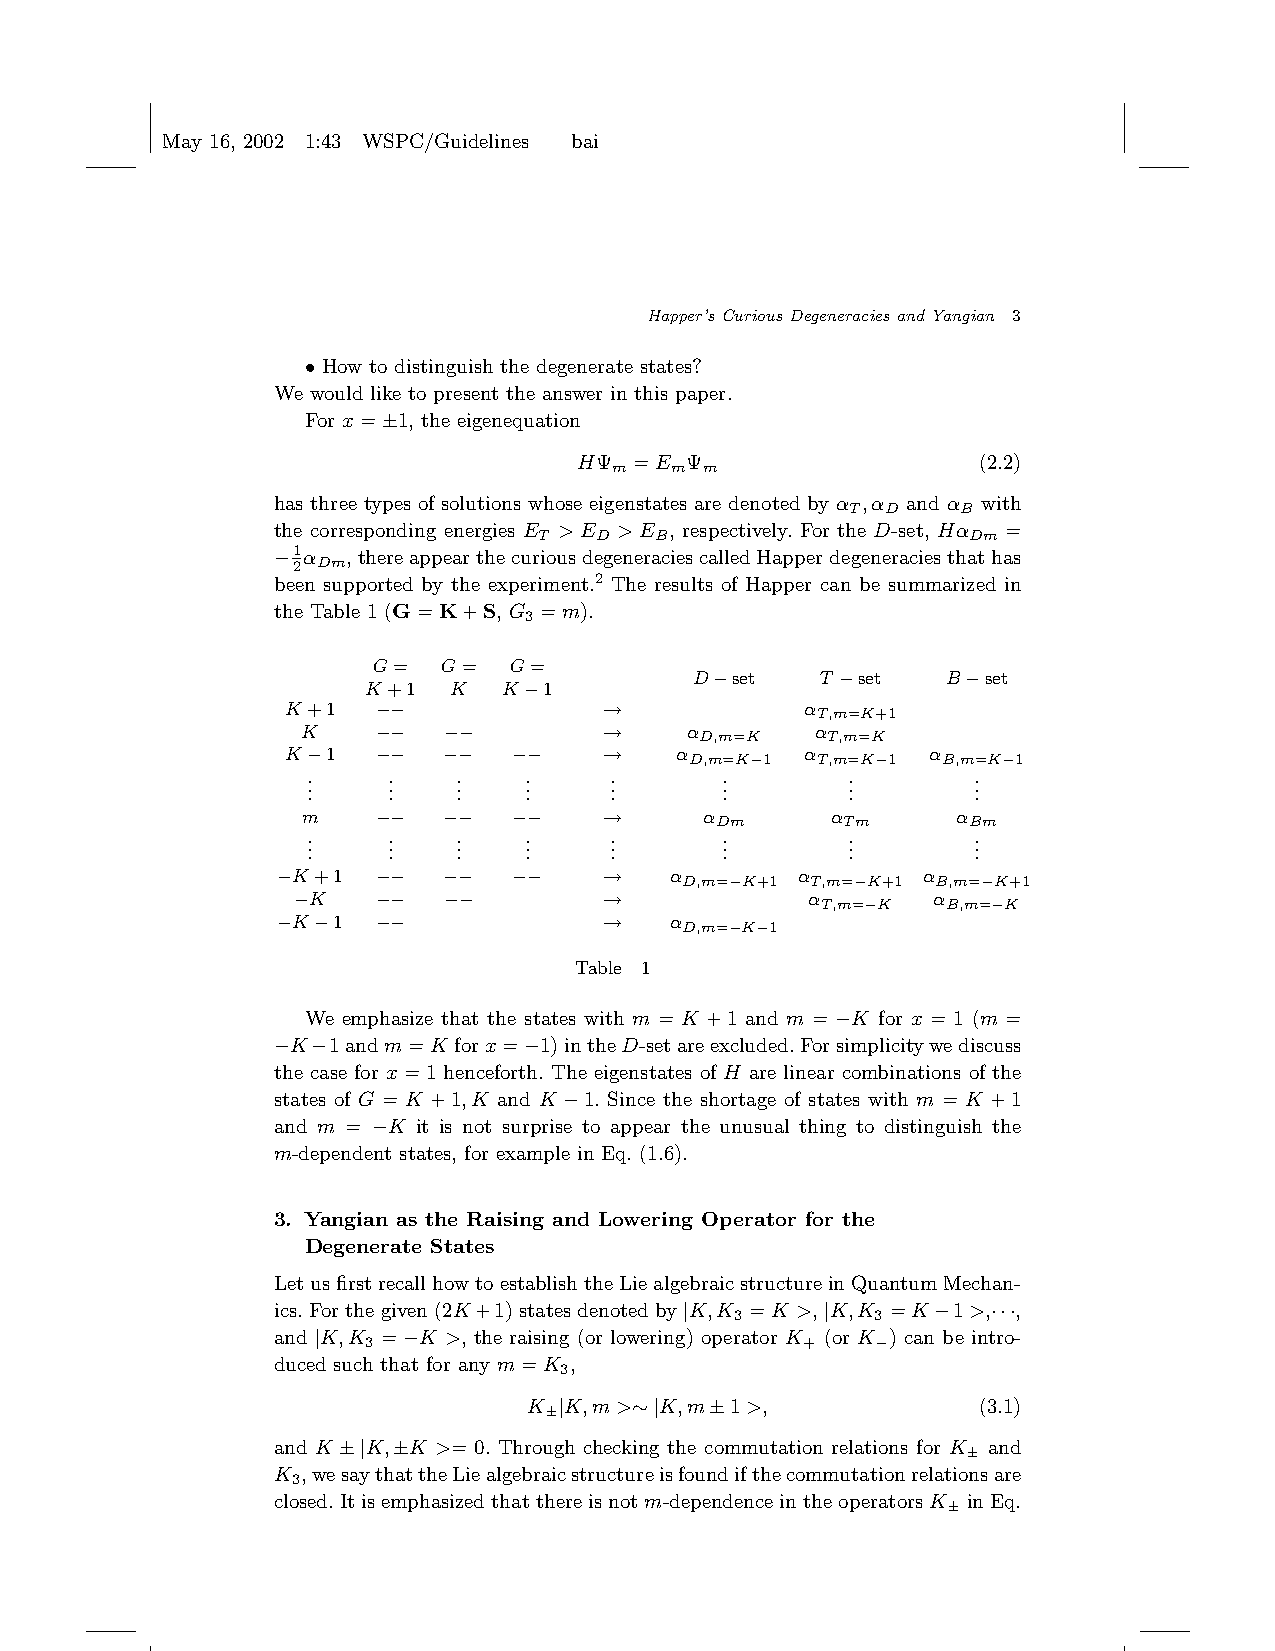
May 16, 2002 1:43 WSPC/Guidelines bai
 Happer’s Curious Degeneracies and Yangian 3
 • How to distinguish the degenerate states?
 We would like to present the answer in this paper.
 For x=±1, the eigenequation
 HΨ  =E Ψ                   (2.2)
 m  m  m
 has three types of solutions whose eigenstates are denoted by α ,α and α with
 T  D    B
 the corresponding energies E > E > E , respectively. For the D-set, Hα =
 T  D   B                    Dm
 −1α  ,thereappearthecuriousdegeneraciescalledHapperdegeneraciesthathas
 2 Dm
 been supported by the experiment.2 The results of Happer can be summarized in
 the Table 1 (G=K+S, G =m).
 3
 G=  G=   G=
 D−set   T −set   B−set
 K+1   K  K−1
 K+1   −−             →            α
 T,m=K+1
 K    −−  −−         →    α        α
 D,m=K    T,m=K
 K−1   −−  −−   −−    →    α D,m=K−1 α T,m=K−1 α B,m=K−1
 .     .   .    .    .       .       .        .
 .     .   .    .    .       .       .        .
 .     .   .    .    .       .       .        .
 m    −−  −−   −−    →      α       α       α
 Dm       Tm      Bm
 .     .   .    .    .       .       .        .
 .     .   .    .    .       .       .        .
 .     .   .    .    .       .       .        .
 −K+1   −−  −−   −−    →   α D,m=−K+1 α T,m=−K+1 α B,m=−K+1
 −K    −−  −−         →             α T,m=−K α B,m=−K
 −K−1   −−             →   α D,m=−K−1
 Table 1
 We emphasize that the states with m = K +1 and m = −K for x = 1 (m =
 −K−1andm=K  forx=−1)intheD-setareexcluded.Forsimplicitywediscuss
 the case for x=1 henceforth. The eigenstates of H are linear combinations of the
 states of G = K +1,K and K −1. Since the shortage of states with m = K +1
 and m = −K it is not surprise to appear the unusual thing to distinguish the
 m-dependent states, for example in Eq. (1.6).
 3. Yangian as the Raising and Lowering Operator for the
 Degenerate States
 LetusfirstrecallhowtoestablishtheLiealgebraicstructureinQuantumMechan-
 ics.Forthegiven(2K+1)statesdenotedby|K,K =K >,|K,K =K−1>,···,
 3        3
 and |K,K
 3
 =−K >, the raising (or lowering) operator K
 +
 (or K−) can be intro-
 duced such that for any m=K ,
 3
 K±|K,m>∼|K,m±1>,              (3.1)
 and K ±|K,±K >= 0. Through checking the commutation relations for K± and
 K ,wesaythattheLiealgebraicstructureisfoundifthecommutationrelationsare
 3
 closed.Itisemphasizedthatthereisnotm-dependenceintheoperatorsK± inEq.